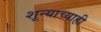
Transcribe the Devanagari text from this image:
शून्याच्याही